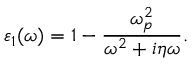
\varepsilon _ { 1 } ( \omega ) = 1 - \frac { \omega _ { p } ^ { 2 } } { \omega ^ { 2 } + i \eta \omega } .